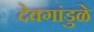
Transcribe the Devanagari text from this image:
देवगांडुळे